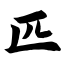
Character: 匹